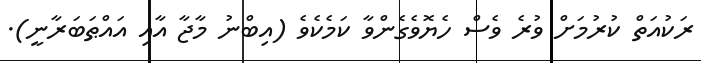
ރަކުއަތް ކުރުމަށް ވުރެ ވެސް ހެޔޮވެގެންވާ ކަމެކެވެ (އިބްނު މާޖާ އާއި އައްޠަބަރާނީ).